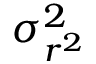
\sigma _ { r ^ { 2 } } ^ { 2 }